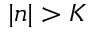
| n | > K